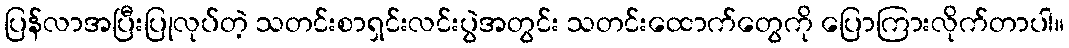
ပြန်လာအပြီးပြုလုပ်တဲ့ သတင်းစာရှင်းလင်းပွဲအတွင်း သတင်းထောက်တွေကို ပြောကြားလိုက်တာပါ။